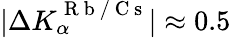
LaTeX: |\Delta K_{\alpha}^{\mathrm{~R~b~/~C~s~}}|\approx 0.5